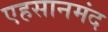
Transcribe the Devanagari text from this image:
एहसानमंद